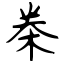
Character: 桊